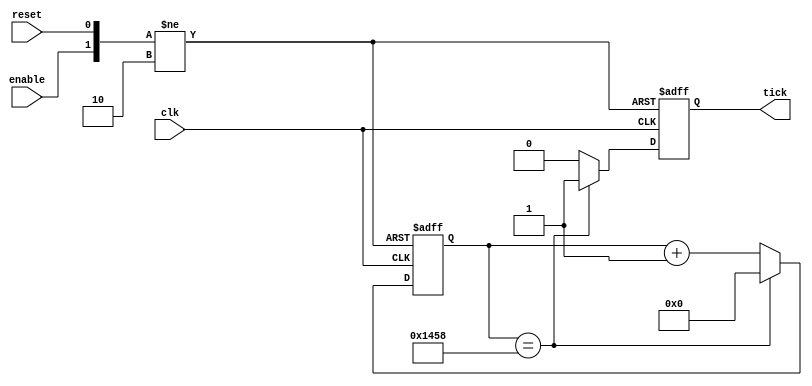
module tx_baudrate_tick_generator #(
	parameter baudrate = 32'd9600,
	parameter frequency = 32'd100000000	// in Hz
	)(
	input wire clk,
	input wire reset,
	input wire enable,
	output reg tick
	);

	reg [31:0] count;
	localparam [31:0] count_threshold = frequency/(baudrate*2);
	
	initial begin
		tick = 1'b0;
		count = 31'b0;
	end

	always @(posedge(clk),posedge(reset),negedge(enable)) begin
		if(~enable) begin
			count = 0;
			tick = 0;
		end else if(reset) begin
			count = 0;
			tick = 0;
		end else begin
			if(count == count_threshold) begin
				count = 0;
				tick = 1;
			end else begin
				count = count + 1;
				tick = 0;
			end
		end
	end

endmodule

// module stimulus();

//  	reg CLK,RESET;
//  	wire TICK;

//  	tx_baudrate_tick_generator #(.baudrate(32'd9600),.frequency(32'd100000000)) 
// 	t1(
// 		.clk(CLK),
// 		.tick(TICK),
// 		.reset(RESET)
// 	);

//  	initial begin
//  		$dumpfile("simulation.vcd");
//  		$dumpvars(0,
//  			CLK,
//  			TICK,
//  			RESET
//  		);
//  	end

//  	initial begin
//  		CLK = 1'b0;
// 		RESET = 1'b0;
// 	end

//  	always
//  		#1 CLK = ~ CLK;

// 	initial begin
// 		#20 RESET = 1'b1;
// 		#10 RESET = 1'b0;
// 	end

//  	initial
//  		#10000 $finish;

//  endmodule